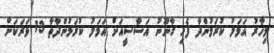
މިހާރު އަމަލު ކުރަމުންދާ ފެހި ގާނޫނު އަސާސީއަށް އަމަލު ކުރަމުންދާތާ 13 ވަރަކަށް